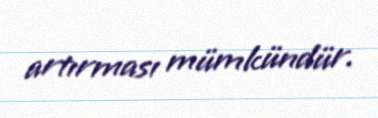
artırması mümkündür.